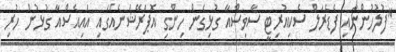
"ފުލުހުންނާއި ފެޑެރަލް ސެކިއުރިޓީ ސާވިސްއާ ގުޅިގެން ހިންގި އޮޕަރޭޝަނެއްގައި އައިއެސްއާ ގުޅުން ހުރި